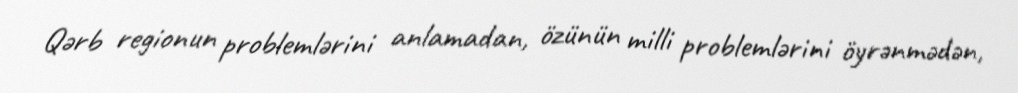
Qərb regionun problemlərini anlamadan, özünün milli problemlərini öyrənmədən,